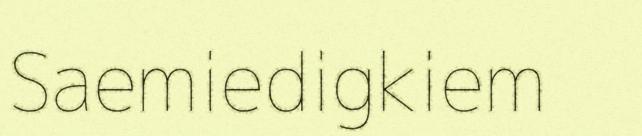
Saemiedigkiem